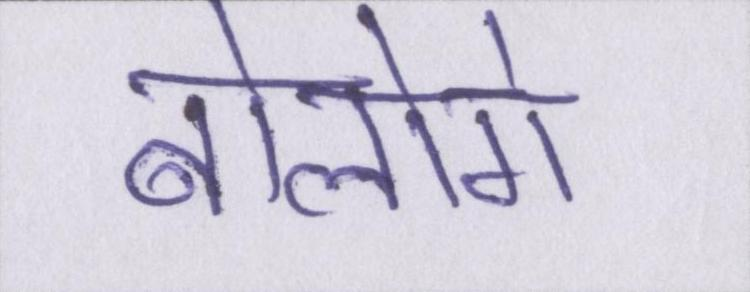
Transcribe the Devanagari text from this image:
बोलोगे